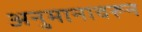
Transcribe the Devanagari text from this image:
अनुमानावरून